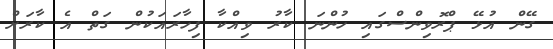
ގޭން އުޅޭ ޕްރޮވިންސްގައި ހުންނަ ކާރު ވިއްކާ ފިހާރައަކުން ގަތް އެ ކާރަށް